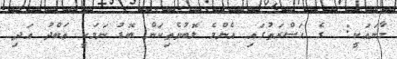
މާނައަކީ:  ގެ ޙަޟްރަތުގައި އެންމެ ލޮބުވެތިކަން ބޮޑު ނަމަކީ ޢަބްދު އަދި